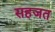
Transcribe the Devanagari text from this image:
सहजत